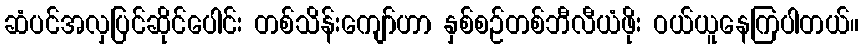
ဆံပင်အလှပြင်ဆိုင်ပေါင်း တစ်သိန်းကျော်ဟာ နှစ်စဉ်တစ်ဘီလီယံဖိုး ဝယ်ယူနေကြပါတယ်။